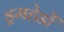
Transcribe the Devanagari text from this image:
ड्रमहेडों